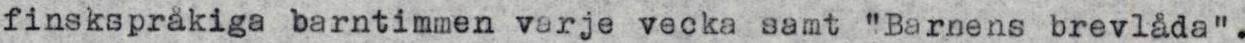
finskspråkiga barntimmen varje vecka samt "Barnens brevlåda".